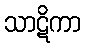
သာဋိကာ